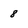
Character: 8